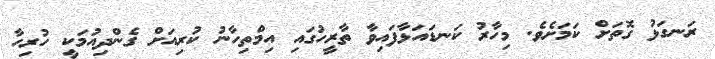
ރަނގަޅު ގޮތަށް ކަމަށެވެ. މިހާރު ކަނޑައަޅާފައިވާ ތާރީހުގައި އިމްތިހާނު ކުރިއަށް ގެންދިއުމަކީ ހުރިހާ